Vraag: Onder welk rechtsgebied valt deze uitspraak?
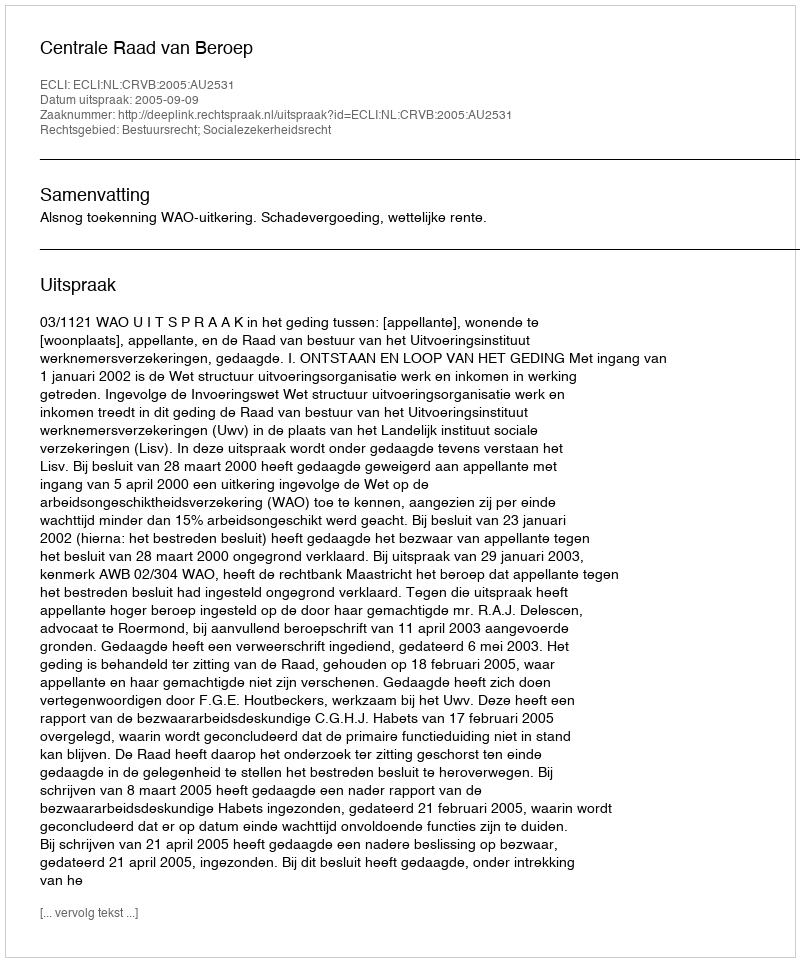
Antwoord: Bestuursrecht; Socialezekerheidsrecht